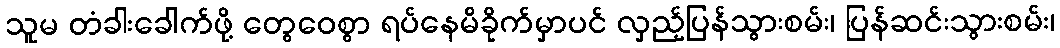
သူမ တံခါးခေါက်ဖို့ တွေဝေစွာ ရပ်နေမိခိုက်မှာပင် လှည့်ပြန်သွားစမ်း၊ ပြန်ဆင်းသွားစမ်း၊